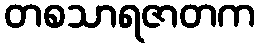
တစသာရဇာတက